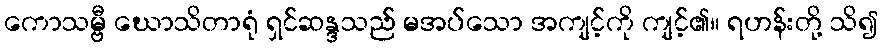
ကောသမ္ဗီ ဃောသိတာရုံ ရှင်ဆန္ဒသည် မအပ်သော အကျင့်ကို ကျင့်၏။ ရဟန်းတို့ သိ၍